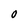
Character: O